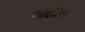
બટાન